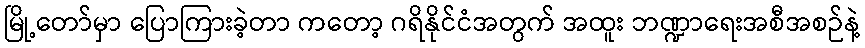
မြို့တော်မှာ ပြောကြားခဲ့တာ ကတော့ ဂရိနိုင်ငံအတွက် အထူး ဘဏ္ဍာရေးအစီအစဉ်နဲ့